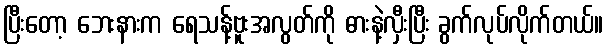
ပြီးတော့ ဘေးနားက ရေသန့်ဗူးအလွတ်ကို ဓားနဲ့လှီးပြီး ခွက်လုပ်လိုက်တယ်။